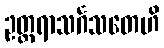
ဥတ္တရာသင်္ဂသတေဟိ